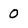
Character: 0